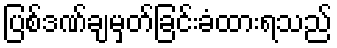
ပြစ်ဒဏ်ချမှတ်ခြင်းခံထားရသည်